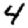
Digit: 4